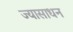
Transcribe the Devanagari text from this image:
ज्यासाधन